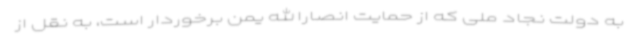
به دولت نجاد ملی که از حمایت انصارالله یمن برخوردار است، به نقل از